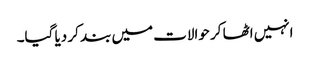
انہیں اٹھا کر حوالات میں بند کر دیا گیا۔